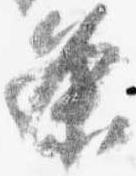
条